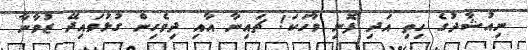
ނިއުޝާދުގެ ހިތި އަދި ފޮނި ވާހަކަ! ޗައިނާ އާއި ދިވެހިން ގުޅުވައިދޭ ޒުވާނާ